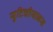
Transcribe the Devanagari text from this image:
युटिचीयानस